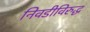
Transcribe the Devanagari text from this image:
निवडीविरुद्ध